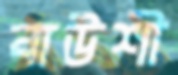
বাউশী